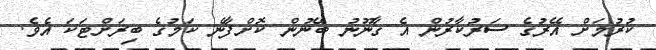
ކުރުމަށް އޭރުގެ ސަރުކާރުން އެ ގާނޫނު ބޭނުން ކޮށްފާނެ ކަމުގެ ބިރަށްޓަކަ އެވެ.